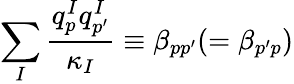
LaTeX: \sum_{I}\frac{q_{p}^{I}q_{p^{\prime}}^{I}}{\kappa_{I}}\equiv\beta_{pp^{\prime}}(=\beta_{p^{\prime}p})